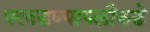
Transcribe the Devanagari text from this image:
परवडण्यापलीकडे